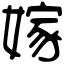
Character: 嫁